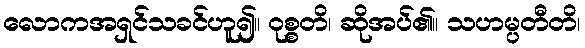
လောကအရှင်သခင်ဟူ၍။ ဝုစ္စတိ၊ ဆိုအပ်၏။ သဟမ္ပတီတိ၊